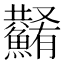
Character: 𩼮